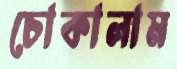
চোকালাম